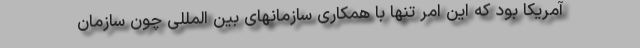
آمریکا بود که این امر تنها با همکاری سازمانهای بین المللی چون سازمان